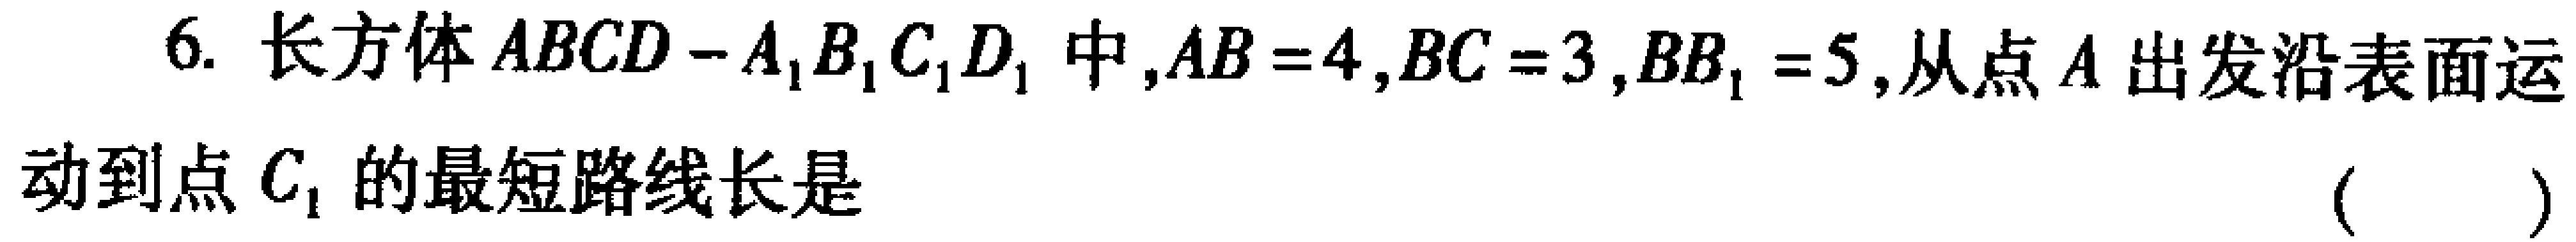
6. 长方体\(ABCD - A_{1}B_{1}C_{1}D_{1}\)中，\(AB = 4\)，\(BC = 3\)，\(BB_{1} = 5\)，从点\(A\)出发沿表面运动到点\(C_{1}\)的最短路线长是 （  ）